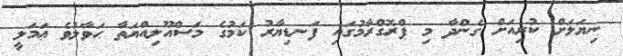
ނިޔަލަށް ކުރިއަށް ގެންދާ މި ޕްރޮގްރާމުގައި ފަނޑިޔާރު ކަމުގެ މަސްއޫލިއްޔަތާ ޙަވާލުވެ ޢަމަލީ